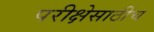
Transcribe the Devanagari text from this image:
परीक्षेसाठीच